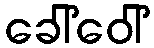
ခေါ်ဝေါ်